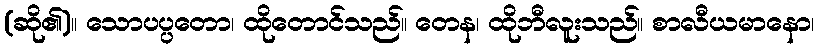
(ဆို၏)။ သောပပ္ပတော၊ ထိုတောင်သည်။ တေန၊ ထိုဘီလူးသည်။ စာလီယမာနော၊